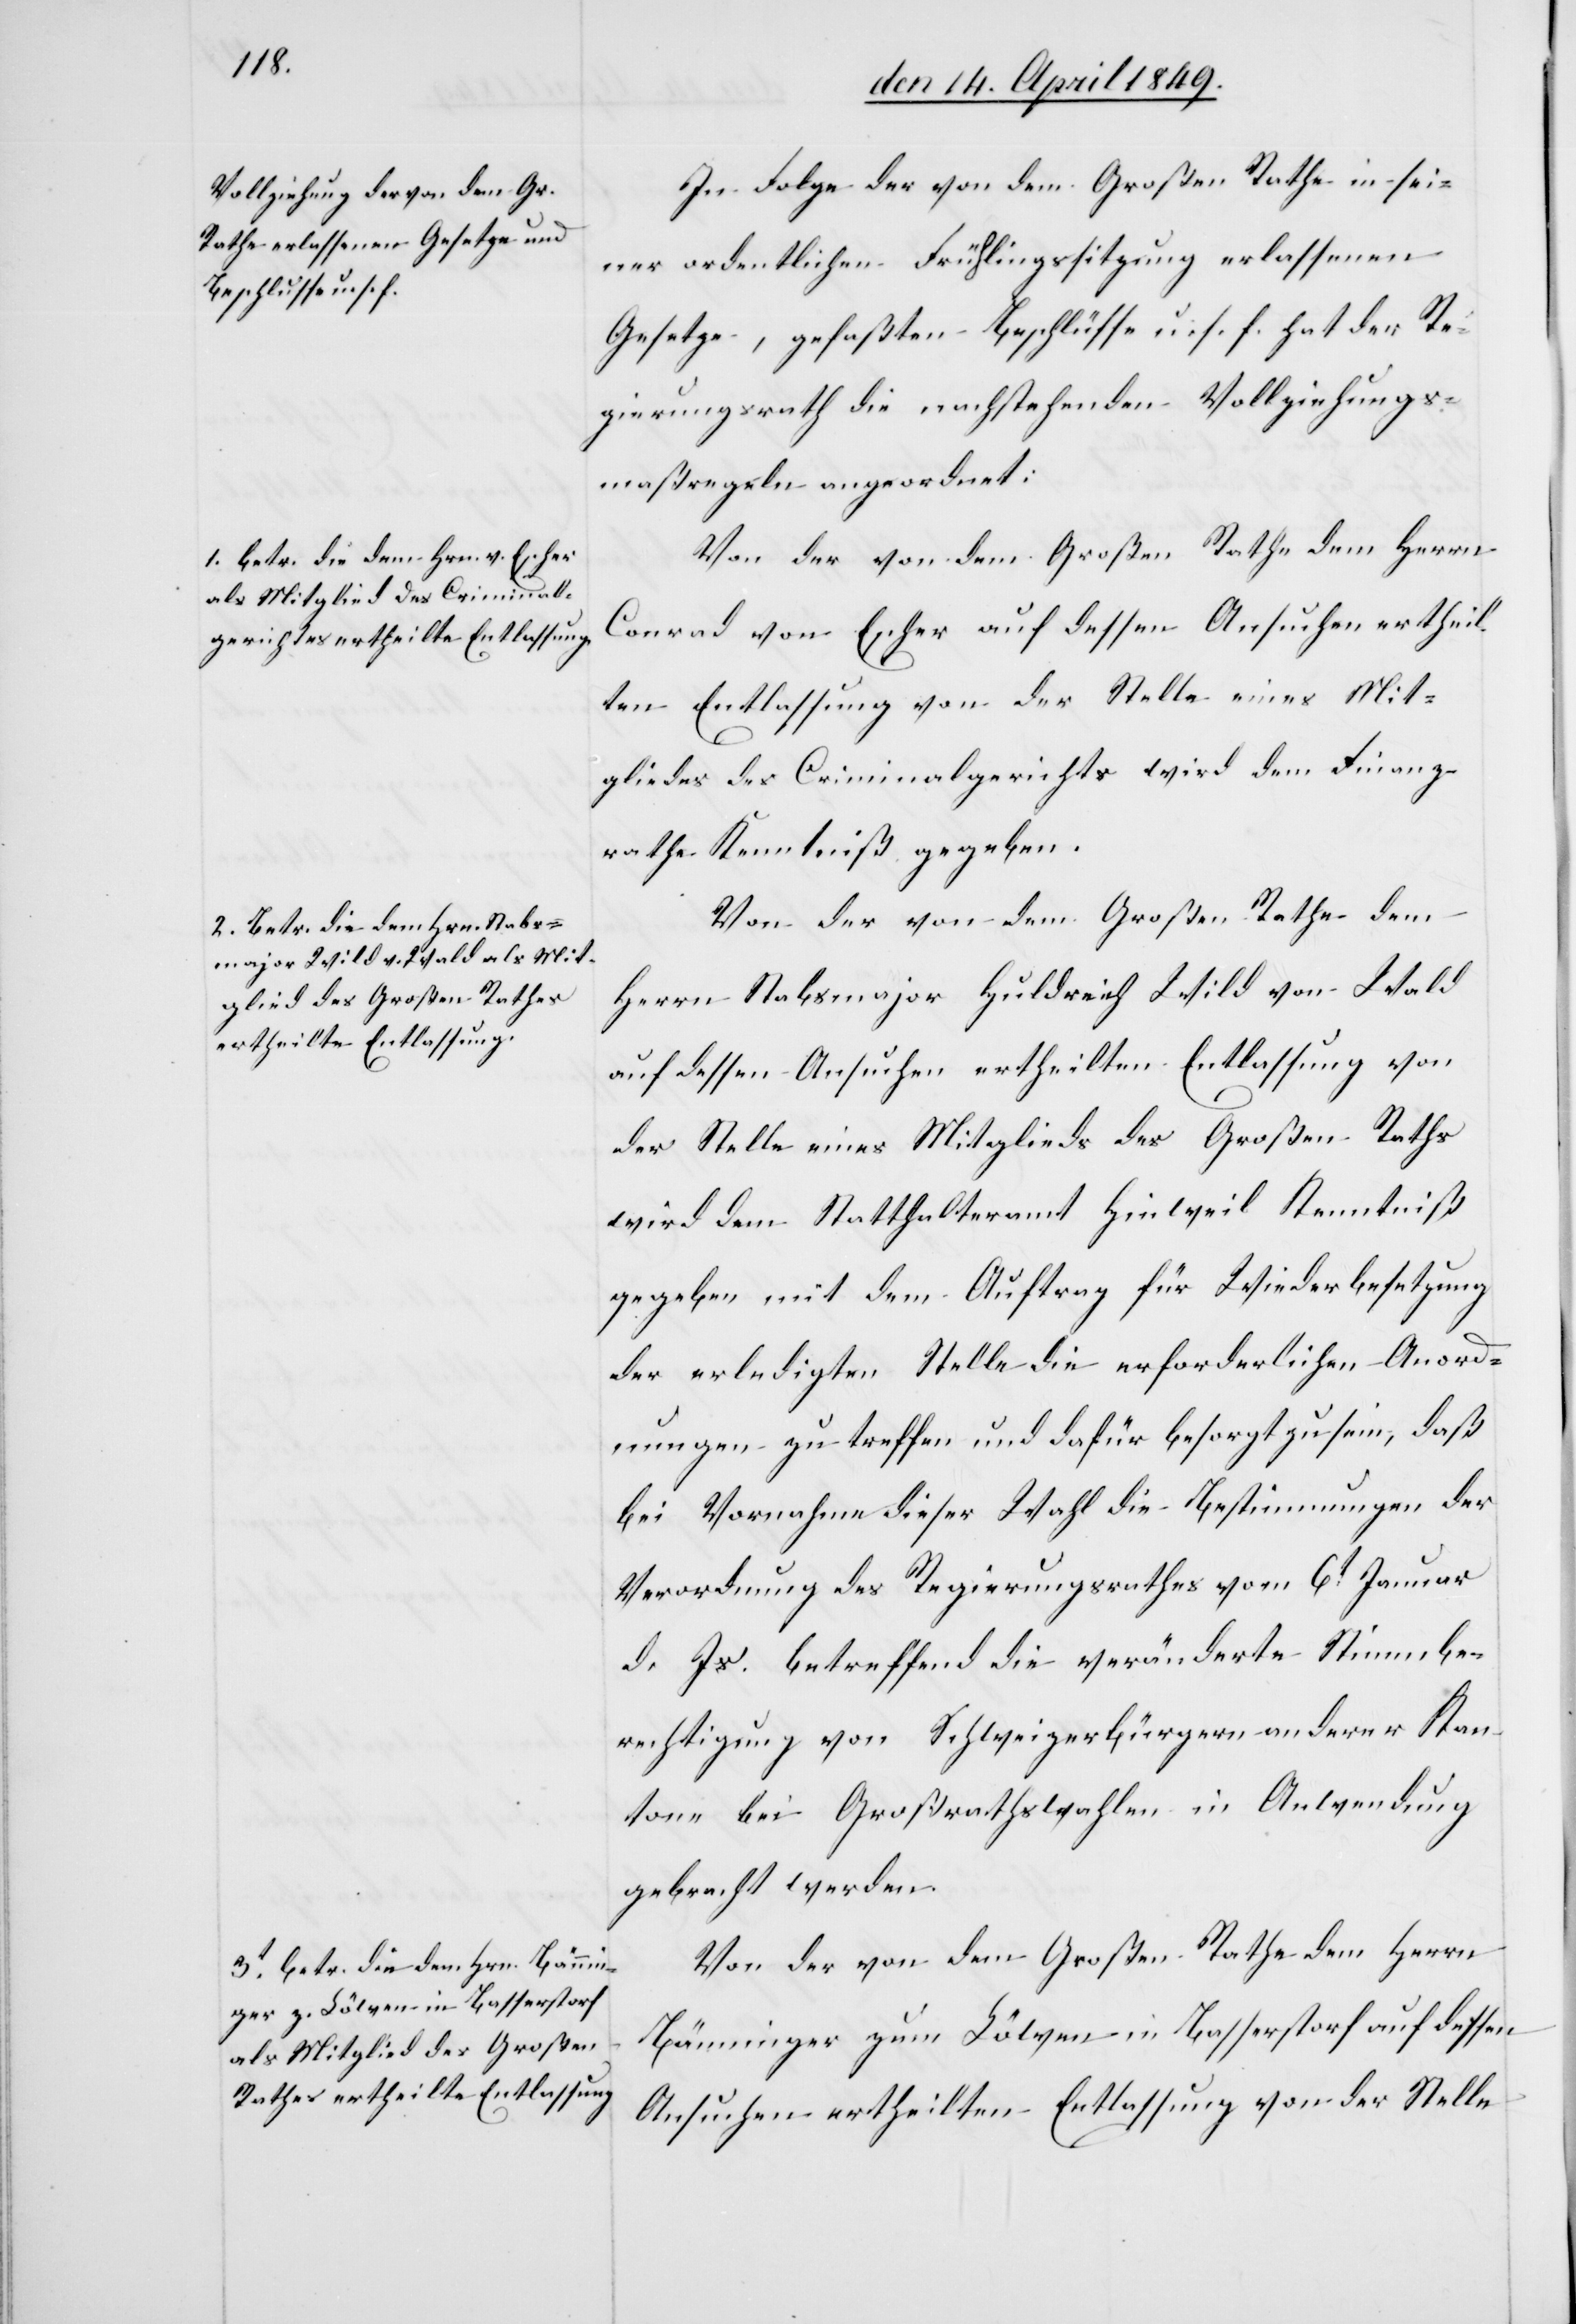
In Folge der von dem Großen Rathe in sei¬
ner ordentlichen Frühlingssitzung erlassenen
Gesetze, gefaßten Beschlüsse u. s. f. hat der Re¬
gierungsrath die nachstehenden Vollziehungs¬
maßregeln angeordnet:
Von der von dem Großen Rathe dem Herrn
Conrad von Escher auf dessen Ansuchen ertheil¬
ten Entlassung von der Stelle eines Mit¬
gliedes des Criminalgerichtes wird dem Finanz¬
rathe Kenntniß gegeben.
Von der von dem Großen Rathe dem
Herrn Stabsmajor Huldrich Wild von Wald
auf dessen Ansuchen ertheilten Entlassung von
der Stelle eines Mitglieds des Großen Raths
wird dem Statthalteramt Hinweil Kenntniß
gegeben mit dem Auftrag für Wiederbesetzung
der erledigten Stelle die erforderlichen Anord¬
nungen zu treffen und dafür besorgt zu sein, daß
bei Vornahme dieser Wahl die Bestimmungen der
Verordnung des Regierungsrathes vom 6t Januar
d. Js. betreffend die veränderte Stimmbe¬
rechtigung von Schweizerbürgern anderer Kan¬
tone bei Großrathswahlen in Anwendung
gebracht werden.
Von der von dem Großen Rathe dem Herrn
Bänninger zum Löwen in Basserstorf auf dessen
Ansuchen ertheilten Entlassung von der Stelle